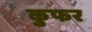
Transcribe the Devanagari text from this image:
कुफर